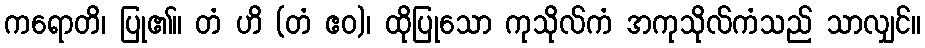
ကရောတိ၊ ပြု၏။ တံ ဟိ (တံ ဧဝ)၊ ထိုပြုသော ကုသိုလ်ကံ အကုသိုလ်ကံသည် သာလျှင်။